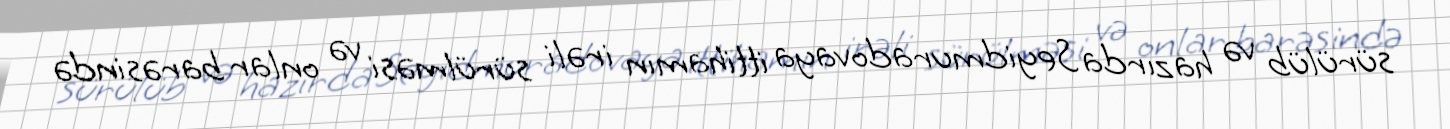
sürülüb və hazırda Seyidmuradovaya ittihamın irəli sürülməsi və onlar barəsində